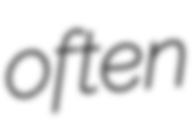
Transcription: often